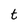
Character: t